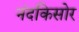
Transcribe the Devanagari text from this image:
नंदकिसोर